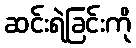
ဆင်းရဲခြင်းကို